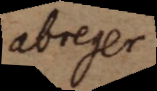
abreger